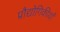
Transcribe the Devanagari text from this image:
प्रौद्योगिकीयाँ